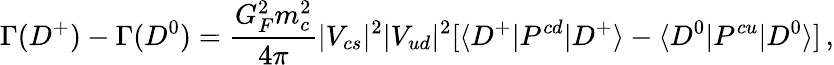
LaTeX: \Gamma(D^{+})-\Gamma(D^{0})=\frac{G_{F}^{2}m_{c}^{2}}{4\pi}|V_{cs}|^{2}|V_{ud}|^{2}[\langle D^{+}|P^{cd}|D^{+}\rangle-\langle D^{0}|P^{cu}|D^{0}\rangle]\, ,